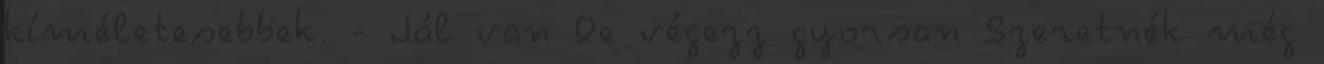
kíméletesebbek. - Jól van De végezz gyorsan Szeretnék még